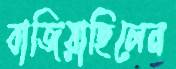
বাজিয়াছিলেন